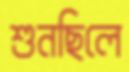
শুনছিলে